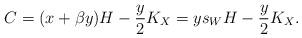
LaTeX: \begin{align*}C = (x + \beta y) H - \frac{y}{2} K_X = ys_W H - \frac{y}{2} K_X.\end{align*}